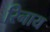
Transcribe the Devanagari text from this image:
रिनाय